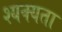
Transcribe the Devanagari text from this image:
श्यक्यता